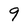
Character: 9